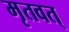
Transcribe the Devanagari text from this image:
मृतवत्‌